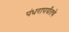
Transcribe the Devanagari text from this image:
पंधरापर्यंतचे